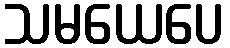
သမယေပေ